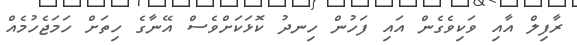
ރާފިލް އާއި ވަކިވެގެން އައި ފަހުން ހިނދު ކޮޅަކަށްވެސް އޭނާގެ ހިތަށް ހަމަޖެހުމެއް